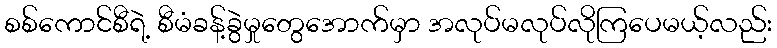
စစ်ကောင်စီရဲ့ စီမံခန့်ခွဲမှုတွေအောက်မှာ အလုပ်မလုပ်လိုကြပေမယ့်လည်း